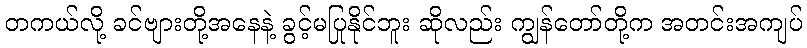
တကယ်လို့ ခင်ဗျားတို့အနေနဲ့ ခွင့်မပြုနိုင်ဘူး ဆိုလည်း ကျွန်တော်တို့က အတင်းအကျပ်